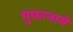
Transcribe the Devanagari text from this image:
गुफानामे